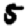
Digit: 5